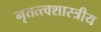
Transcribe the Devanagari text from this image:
नृतत्त्वशास्त्रीय